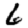
Digit: 6